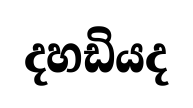
දහඩියද